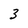
Character: 3